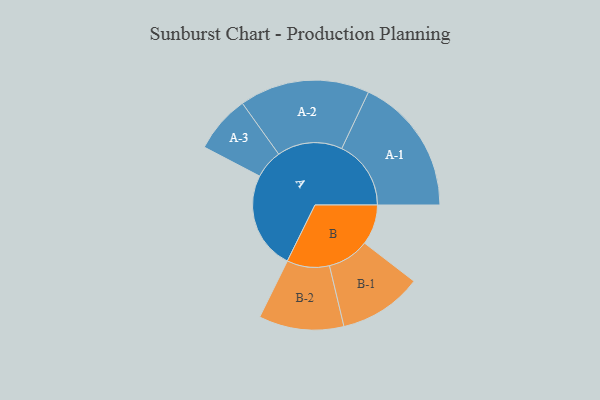
{"axis": {"x": "Segment", "y": "Value"}, "legend": ["", "A", "B"], "data": [{"x": "A", "y": 384, "type": ""}, {"x": "B", "y": 158, "type": ""}, {"x": "A-1", "y": 272, "type": "A"}, {"x": "A-2", "y": 256, "type": "A"}, {"x": "A-3", "y": 113, "type": "A"}, {"x": "B-1", "y": 164, "type": "B"}, {"x": "B-2", "y": 167, "type": "B"}]}